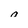
Character: n